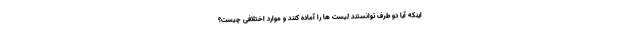
اینکه آیا دو طرف توانستند لیست ها را آماده کنند و موارد اختلافی چیست؟